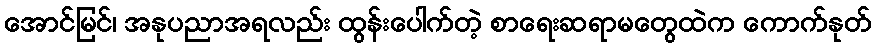
အောင်မြင်၊ အနုပညာအရလည်း ထွန်းပေါက်တဲ့ စာရေးဆရာမတွေထဲက ကောက်နုတ်